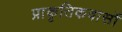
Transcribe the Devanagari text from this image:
प्राकृतिकवासों